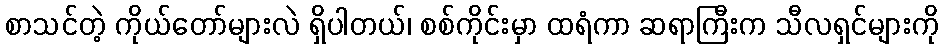
စာသင်တဲ့ ကိုယ်တော်များလဲ ရှိပါတယ်၊ စစ်ကိုင်းမှာ ထရံကာ ဆရာကြီးက သီလရှင်များကို